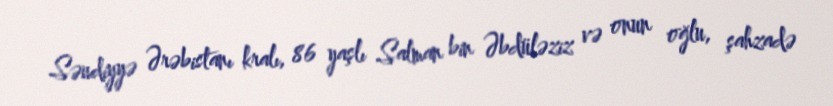
Səudiyyə Ərəbistanı kralı, 86 yaşlı Salman bin Əbdüləziz və onun oğlu, şahzadə